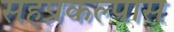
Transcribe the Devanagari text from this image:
सहप्रकल्पास